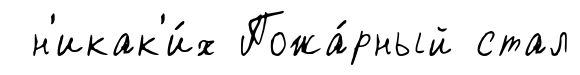
н'икак'и́х Пожа́рный стал